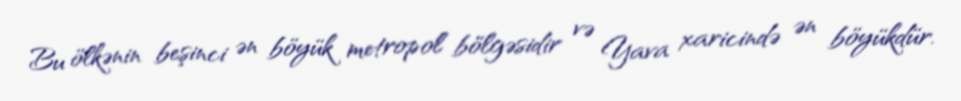
Bu ölkənin beşinci ən böyük metropol bölgəsidir və Yava xaricində ən böyükdür.